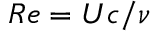
R e = U c / \nu